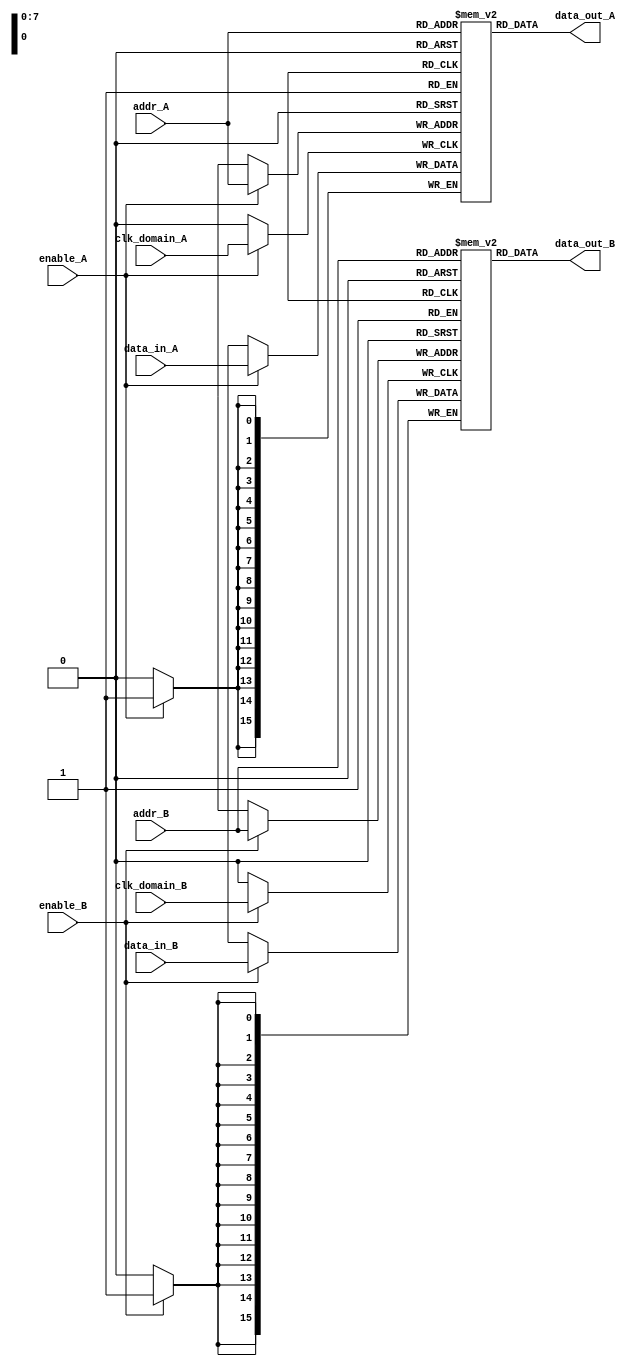
module memory_block_gating #(
    parameter ADDR_WIDTH = 8,
    parameter DATA_WIDTH = 16,
    parameter NUM_MEM_BLOCKS = 2
)(
    input wire clk_domain_A,
    input wire clk_domain_B,
    input wire enable_A, // Enable signal for clock domain A
    input wire enable_B, // Enable signal for clock domain B
    input wire [ADDR_WIDTH-1:0] addr_A,
    input wire [DATA_WIDTH-1:0] data_in_A,
    input wire [ADDR_WIDTH-1:0] addr_B,
    input wire [DATA_WIDTH-1:0] data_in_B,
    output wire [DATA_WIDTH-1:0] data_out_A,
    output wire [DATA_WIDTH-1:0] data_out_B
);

    // Memory block A in clock domain A
    reg [DATA_WIDTH-1:0] memory_A [0:2**ADDR_WIDTH-1];
    wire gated_clk_A;
    wire clk_A;

    // Memory block B in clock domain B
    reg [DATA_WIDTH-1:0] memory_B [0:2**ADDR_WIDTH-1];
    wire gated_clk_B;
    wire clk_B;

    // Clock gating logic for clock domain A
    assign gated_clk_A = enable_A ? clk_domain_A : 1'b0;
    
    // Clock gating logic for clock domain B
    assign gated_clk_B = enable_B ? clk_domain_B : 1'b0;

    // Always block for memory access in domain A
    always @(posedge gated_clk_A) begin
        if (enable_A) begin
            memory_A[addr_A] <= data_in_A; // Write data to memory A
        end
    end
    
    assign data_out_A = memory_A[addr_A]; // Read data from memory A

    // Always block for memory access in domain B
    always @(posedge gated_clk_B) begin
        if (enable_B) begin
            memory_B[addr_B] <= data_in_B; // Write data to memory B
        end
    end

    assign data_out_B = memory_B[addr_B]; // Read data from memory B

endmodule